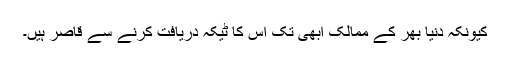
کیونکہ دنیا بھر کے ممالک ابھی تک اس کا ٹیکہ دریافت کرنے سے قاصر ہیں۔